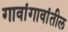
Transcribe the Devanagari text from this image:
गावांगावांतील